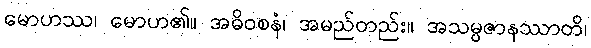
မောဟဿ၊ မောဟ၏။ အဓိဝစနံ၊ အမည်တည်း။ အသမ္ပဇာနဿာတိ၊